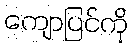
ကျောပြင်ကို